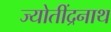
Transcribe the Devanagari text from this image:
ज्योतींद्रनाथ